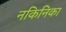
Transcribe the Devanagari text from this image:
नकिनिका